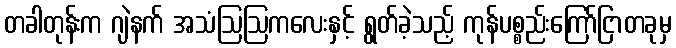
တခါတုန်းက ဂျဲနက် အသံဩဩကလေးနှင့် ရွတ်ခဲ့သည့် ကုန်ပစ္စည်းကြော်ငြာတခုမှ